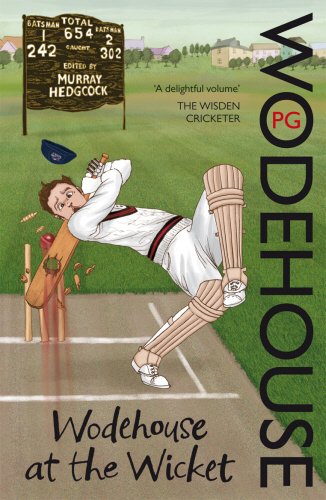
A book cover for Wodehouse at the Wicket; P.G. Wodehouse; Sports & Outdoors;